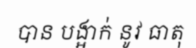
បាន បង្អាក់ នូវ ធាតុ